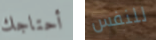
أحتاجك للنفس